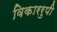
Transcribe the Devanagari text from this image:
विकाररुपी